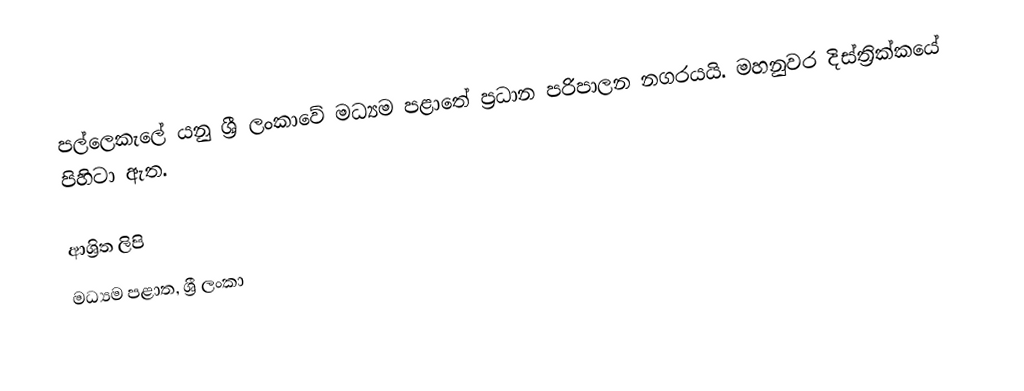
පල්ලෙකැලේ යනු ශ්‍රී ලංකාවේ මධ්‍යම පළාතේ ප්‍රධාන පරිපාලන නගරයයි. මහනුවර දිස්ත්‍රික්කයේ පිහිටා ඇත.

ආශ්‍රිත ලිපි
 මධ්‍යම පළාත, ශ්‍රී ලංකා